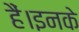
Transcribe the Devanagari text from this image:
हैं।इनके